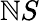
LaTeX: \mathbb{N}S